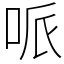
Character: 哌